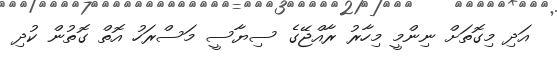
އަދި މިގޮތަށް ނިންމީ މިހާރު ރާއްޖޭގެ ސިޔާސީ މަސްރަހު އޮތް ގޮތުން ކުދި